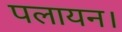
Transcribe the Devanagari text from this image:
पलायन।